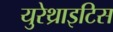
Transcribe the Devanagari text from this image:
युरेथ्राइटिस